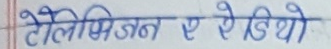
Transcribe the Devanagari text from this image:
टेलिभिजन ए रेडियो